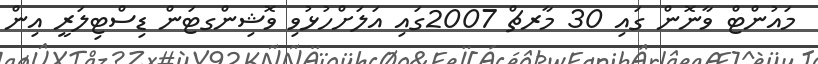
މައުންޓް ވާނޮން ގައި 30 މާރޗް 2007ގައި އަލަށްހުޅުވި ވޮޝިންގޓަން ޑިސްޓިލަރީ އިން